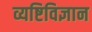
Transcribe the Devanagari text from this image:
व्यष्टिविज्ञान